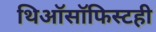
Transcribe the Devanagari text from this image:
थिऑसॉफिस्टही